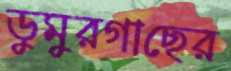
ডুমুরগাছের